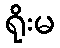
ရိုးမ